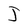
Character: J